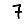
Digit: 7